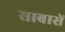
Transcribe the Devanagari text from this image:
साबासें